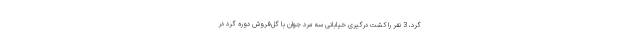
گرد، 3 نفر را کشت درگیری خیابانی سه مرد جوان با گل‌فروش دوره گرد در